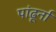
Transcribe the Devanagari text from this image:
पांढूर्ना